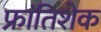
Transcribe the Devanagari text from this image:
फ्रांतिशेक